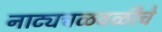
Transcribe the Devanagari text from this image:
नाट्यचळवळीचे